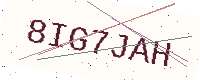
Text: 8IG7JAH